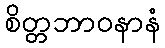
စိတ္တဘာဝနာနံ